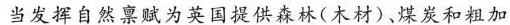
当发挥自然禀赋为英国提供森林(木材)、煤炭和粗加